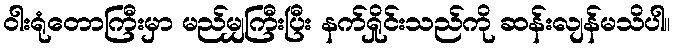
ဝါးရုံတောကြီးမှာ မည်မျှကြီးပြီး နက်ရှိုင်းသည်ကို ဆန်းလျန်မသိပါ။